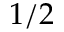
1 / 2